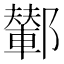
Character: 鄻